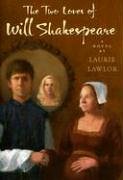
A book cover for The Two Loves of Will Shakespeare; Laurie Lawlor; Teen & Young Adult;